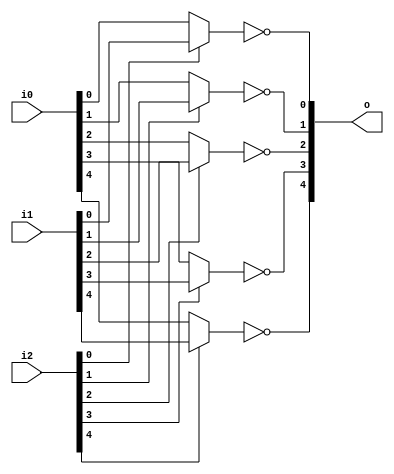
module bsg_muxi2_gatestack_width_p5_harden_p1
(
  i0,
  i1,
  i2,
  o
);

  input [4:0] i0;
  input [4:0] i1;
  input [4:0] i2;
  output [4:0] o;
  wire [4:0] o;
  wire N0,N1,N2,N3,N4,N5,N6,N7,N8,N9,N10,N11,N12,N13,N14;
  assign N6 = (N0)? i1[0] : 
              (N5)? i0[0] : 1'b0;
  assign N0 = i2[0];
  assign N8 = (N1)? i1[1] : 
              (N7)? i0[1] : 1'b0;
  assign N1 = i2[1];
  assign N10 = (N2)? i1[2] : 
               (N9)? i0[2] : 1'b0;
  assign N2 = i2[2];
  assign N12 = (N3)? i1[3] : 
               (N11)? i0[3] : 1'b0;
  assign N3 = i2[3];
  assign N14 = (N4)? i1[4] : 
               (N13)? i0[4] : 1'b0;
  assign N4 = i2[4];
  assign N5 = ~i2[0];
  assign o[0] = ~N6;
  assign N7 = ~i2[1];
  assign o[1] = ~N8;
  assign N9 = ~i2[2];
  assign o[2] = ~N10;
  assign N11 = ~i2[3];
  assign o[3] = ~N12;
  assign N13 = ~i2[4];
  assign o[4] = ~N14;

endmodule